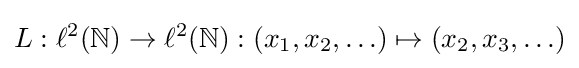
L:\ell ^{2}(\mathbb {N} )\to \ell ^{2}(\mathbb {N} ):(x_{1},x_{2},\ldots )\mapsto (x_{2},x_{3},\ldots )